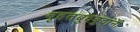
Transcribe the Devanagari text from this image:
बृहतबुदबुदांनी